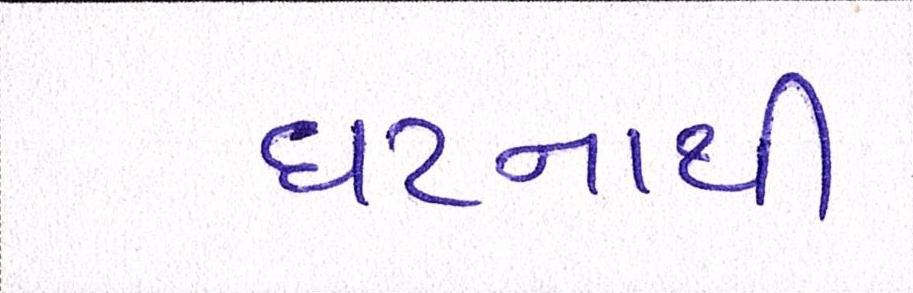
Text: ઘટનાથી